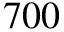
7 0 0